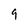
Character: 9